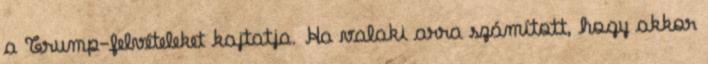
a Trump-felvételeket kajtatja. Ha valaki arra számított, hogy akkor